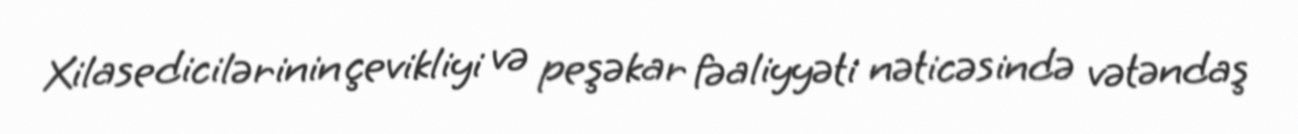
Xilasedicilərinin çevikliyi və peşəkar fəaliyyəti nəticəsində vətəndaş